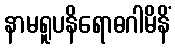
နာမရူပနိရောဓဂါမိနိံ